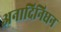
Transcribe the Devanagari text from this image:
अनादिनिधन